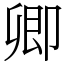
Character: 卿